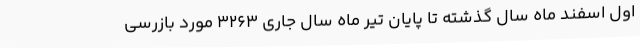
اول اسفند ماه سال گذشته تا پایان تیر ماه سال جاری 3263 مورد بازرسی